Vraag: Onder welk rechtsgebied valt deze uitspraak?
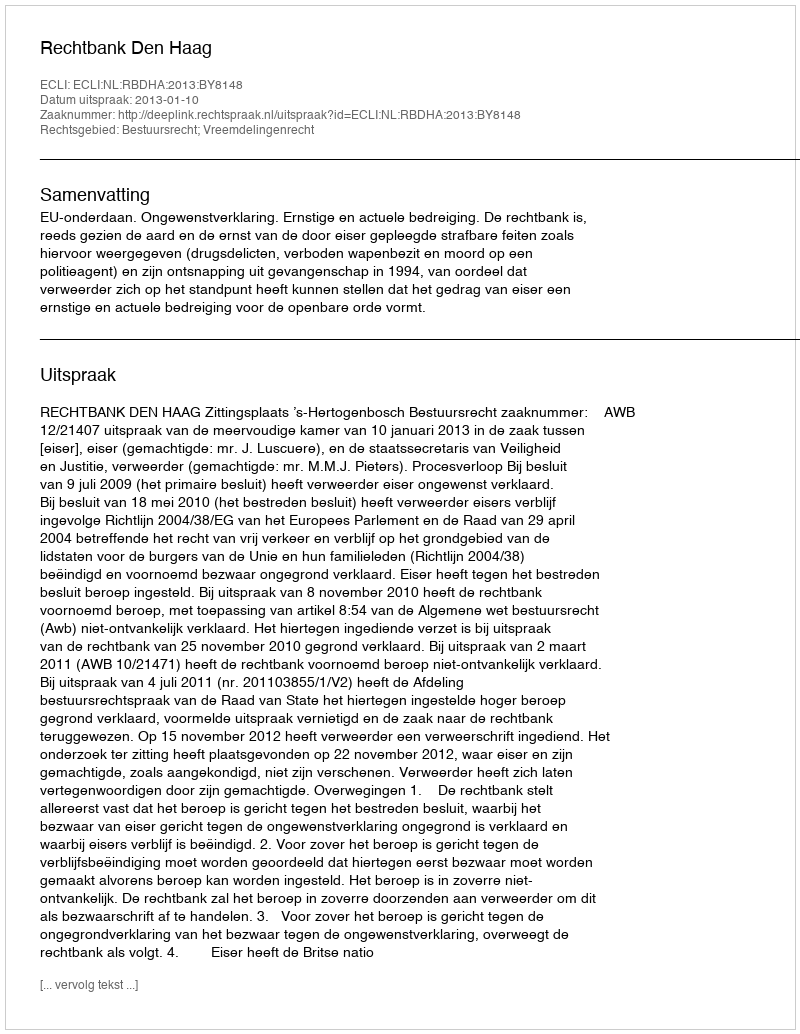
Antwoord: Bestuursrecht; Vreemdelingenrecht